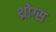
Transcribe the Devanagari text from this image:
थ्रोग्स